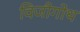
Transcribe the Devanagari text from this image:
विजीगोथ